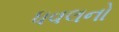
ધવલનો